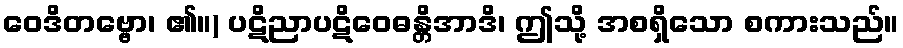
ဝေဒိတဗ္ဗော၊ ၏။) ပဋိညာပဋိဝေဓန္တိအာဒိ၊ ဤသို့ အစရှိသော စကားသည်။